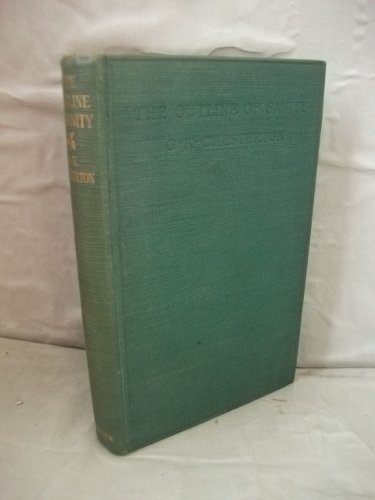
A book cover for The outline of sanity,; G. K Chesterton; Politics & Social Sciences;